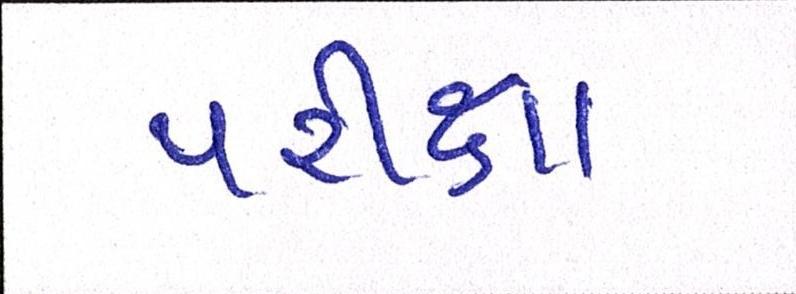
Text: પરીક્ષા